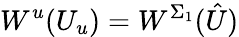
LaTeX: W^{u}(U_{u})=W^{\Sigma_{1}}(\hat{U})